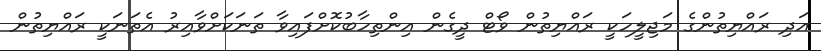
އަދި ރައްޔިތުންގެ މަޖިލީހަކީ ރައްޔިތުން ވޯޓް ދީގެން އިންތިހާބުކޮށްފައިވާ ތަނަކަށްވާއިރު އެތަނަކީ ރައްޔިތުން